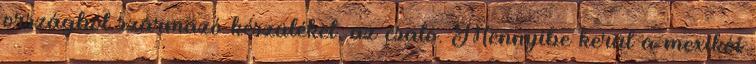
országból származó készüléket, az csaló. Mennyibe kerül a mexikói